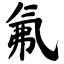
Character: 氟